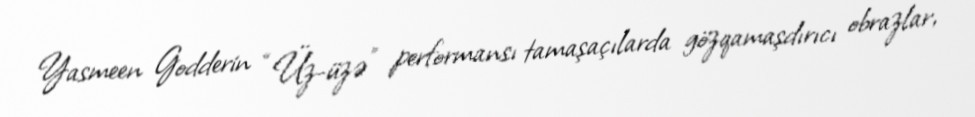
Yasmeen Godderin “Üz-üzə” performansı tamaşaçılarda gözqamaşdırıcı obrazlar,